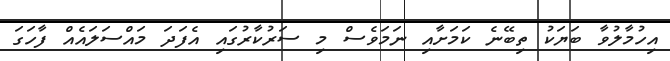
އިހުމާލުވާ ބަޔަކު ތިބޭނެ ކަމަށާއި ނަމަވެސް މި ސަރުކާރުގައި އެފަދަ މައްސަލައެއް ފާހަގަ